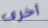
أخرى